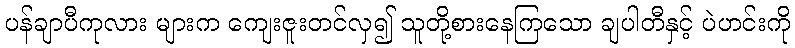
ပန်ချာပီကုလား များက ကျေးဇူးတင်လှ၍ သူတို့စားနေကြသော ချပါတီနှင့် ပဲဟင်းကို